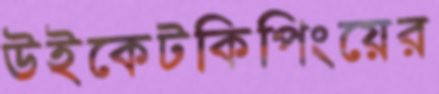
উইকেটকিপিংয়ের